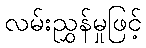
လမ်းညွှန်မှုဖြင့်